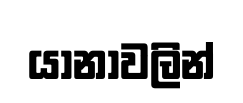
යානාවලින්